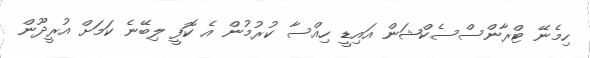
ހިމެނޭ ޓްރާންސްސެކްޝަން އައިޑީ ހިއްސާ ކުރުމުން އެ ކޮފީ ލިބޭނެ ކަމަށް އުރީދޫން